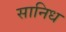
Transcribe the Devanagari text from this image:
सानिध